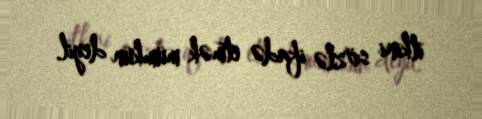
itkini sözlə ifadə etmək mümkün deyil.